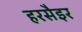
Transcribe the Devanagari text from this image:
हरसैइर